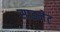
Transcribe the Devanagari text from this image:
साइनेट